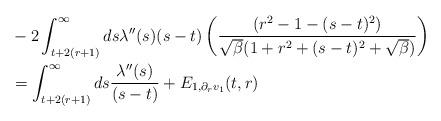
LaTeX: \begin{align*} &-2 \int_{t+2(r+1)}^{\infty} ds \lambda''(s)(s-t) \left(\frac{(r^{2}-1-(s-t)^{2})}{\sqrt{\beta} (1+r^{2}+(s-t)^{2}+\sqrt{\beta})}\right)\\&= \int_{t+2(r+1)}^{\infty} ds \frac{\lambda''(s)}{(s-t)} + E_{1,\partial_{r}v_{1}}(t,r)\end{align*}